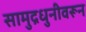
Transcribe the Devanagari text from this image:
सामुद्रधुनीवरून